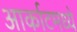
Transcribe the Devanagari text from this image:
आर्काटमध्ये